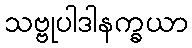
သဗ္ဗုပါဒါနက္ခယာ